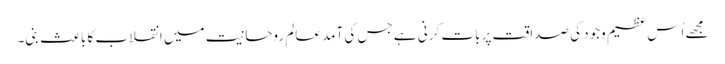
مجھے اُس عظیم وجود کی صداقت پر بات کرنی ہے جس کی آمد عالمِ روحانیت میں انقلاب کا باعث بنی۔